Indian journal of veterinary science and animal husbandry - Volumes 22-23, 1952-1953
Year: 1952
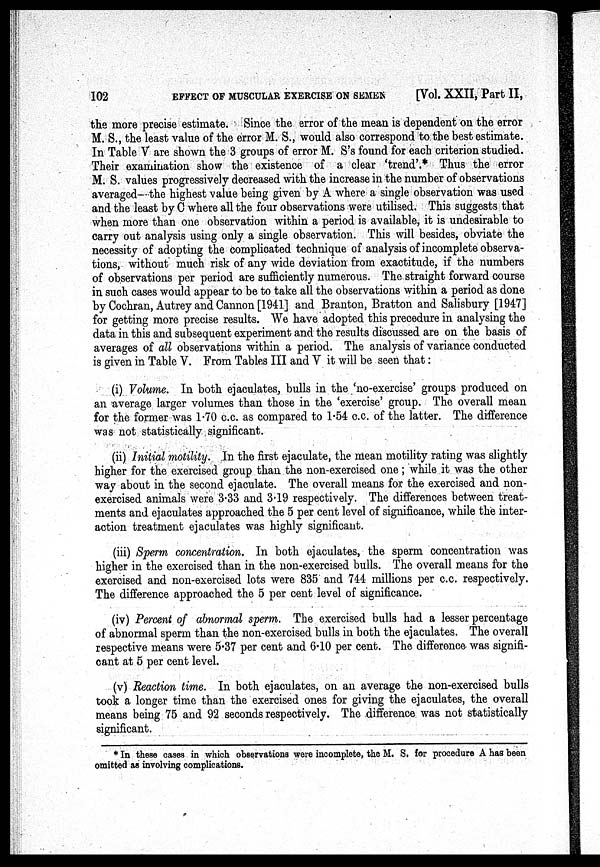
102
EFFECT OF MUSCULAR EXERCISE ON SEMEN [Vol. XXII, Part II,
the more precise estimate. Since the error of the mean is dependent on the error
M. S., the least value of the error M. S., would also correspond to the best estimate.
In Table V are shown the 3 groups of error M. S's found for each criterion studied.
Their examination show the existence of a clear 'trend'.* Thus the error
M. S. values progressively decreased with the increase in the number of observations
averaged—the highest value being given by A where a single observation was used
and the least by C where all the four observations were utilised. This suggests that
when more than one observation within a period is available, it is undesirable to
carry out analysis using only a single observation. This will besides, obviate the
necessity of adopting the complicated technique of analysis of incomplete observa-
tions, without much risk of any wide deviation from exactitude, if the numbers
of observations per period are sufficiently numerous. The straight forward course
in such cases would appear to be to take all the observations within a period as done
by Cochran, Autrey and Cannon [1941] and Branton, Bratton and Salisbury [1947]
for getting more precise results. We have adopted this precedure in analysing the
data in this and subsequent experiment and the results discussed are on the basis of
averages of all observations within a period. The analysis of variance conducted
is given in Table V. From Tables III and V it will be seen that:
(i) Volume. In both ejaculates, bulls in the 'no-exercise' groups produced on
an average larger volumes than those in the 'exercise' group. The overall mean
for the former was 1.70 c.c. as compared to 1.54 c.c. of the latter. The difference
was not statistically, significant.
(ii) Initial motility. In the first ejaculate, the mean motility rating was slightly
higher for the exercised group than the non-exercised one; while it was the other
way about in the second ejaculate. The overall means for the exercised and non-
exercised animals were 3.33 and 3.19 respectively. The differences between treat-
ments and ejaculates approached the 5 per cent level of significance, while the inter-
action treatment ejaculates was highly significant.
(iii) Sperm concentration. In both ejaculates, the sperm concentration was
higher in the exercised than in the non-exercised bulls. The overall means for the
exercised and non-exercised lots were 835 and 744 millions per c.c. respectively.
The difference approached the 5 per cent level of significance.
(iv) Percent of abnormal sperm. The exercised bulls had a lesser percentage
of abnormal sperm than the non-exercised bulls in both the ejaculates. The overall
respective means were 5.37 per cent and 6.10 per cent. The difference was signifi-
cant at 5 per cent level.
(v) Reaction time. In both ejaculates, on an average the non-exercised bulls
took a longer time than the exercised ones for giving the ejaculates, the overall
means being 75 and 92 seconds respectively. The difference was not statistically
significant.
* In these cases in which observations were incomplete, the M. S. for procedure A has been
omitted as involving complications.